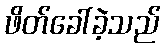
ဖိတ်ခေါ်ခဲ့သည်